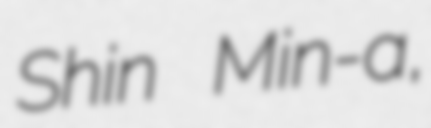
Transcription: Shin Min-a,